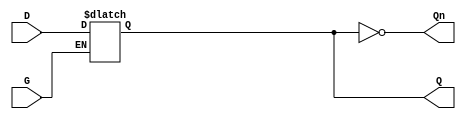
module GatedDLatch (
    input wire D,   // Data input
    input wire G,   // Gating control signal
    output reg Q,   // Output that holds the stored value
    output wire Qn  // Complementary output (optional)
);

// Assign the complementary output
assign Qn = ~Q;

// Always block to model the behavior of the Gated D Latch
always @ (D or G) begin
    if (G) begin
        Q <= D;  // When G is high, Q follows D
    end
    // When G is low, Q retains its value (no action needed)
end

endmodule